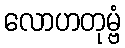
လောဟတုမ္ဗံ